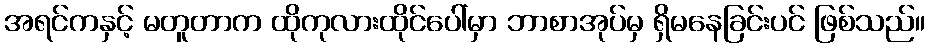
အရင်ကနှင့် မတူတာက ထိုကုလားထိုင်ပေါ်မှာ ဘာစာအုပ်မှ ရှိမနေခြင်းပင် ဖြစ်သည်။